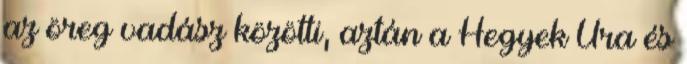
az öreg vadász közötti, aztán a Hegyek Ura és